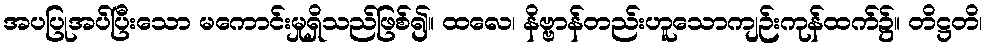
အပပြုအပ်ပြီးသော မကောင်းမှုရှိသည်ဖြစ်၍။ ထလေ၊ နိဗ္ဗာန်တည်းဟူသောကျဉ်းကုန်ထက်၌။ တိဋ္ဌတိ၊